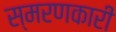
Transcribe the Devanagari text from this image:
स्मरणकारी